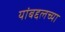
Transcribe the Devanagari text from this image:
यांबद्दलच्या